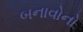
બનાવોનો